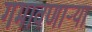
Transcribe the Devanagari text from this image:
गमावणार्‍या